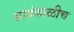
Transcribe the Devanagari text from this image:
सायंकाळीच